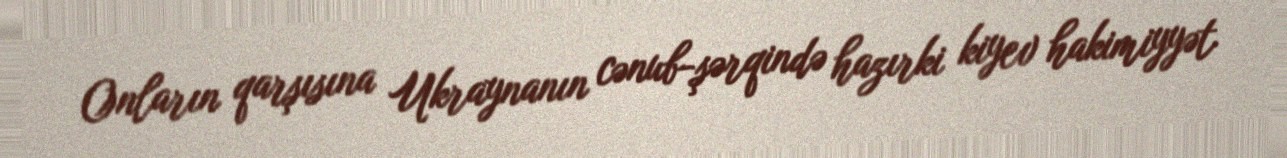
Onların qarşısına Ukraynanın cənub-şərqində hazırki kiyev hakimiyyət